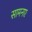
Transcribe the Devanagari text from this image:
सामनए